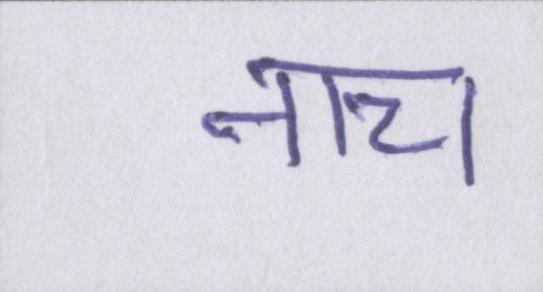
नाच